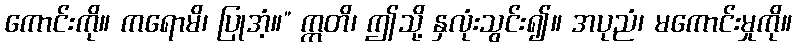
ကောင်းကို။ ကရောမိ၊ ပြုအံ့။” ဣတိ၊ ဤသို့ နှလုံးသွင်း၍။ အပုညံ၊ မကောင်းမှုကို။